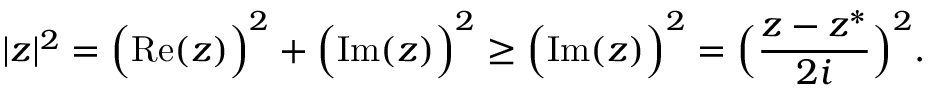
| z | ^ { 2 } = { \Big ( } { \mathrm { R e } } ( z ) { \Big ) } ^ { 2 } + { \Big ( } { \mathrm { I m } } ( z ) { \Big ) } ^ { 2 } \geq { \Big ( } { \mathrm { I m } } ( z ) { \Big ) } ^ { 2 } = { \Big ( } { \frac { z - z ^ { \ast } } { 2 i } } { \Big ) } ^ { 2 } .